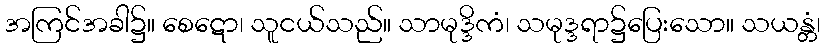
အကြင်အခါ၌။ စေဋော၊ သူငယ်သည်။ သာမုဒ္ဒိကံ၊ သမုဒ္ဒရာ၌ပြေးသော။ သယန္တံ၊